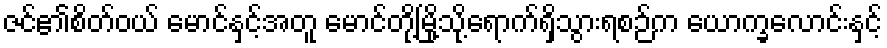
ဇင်၏စိတ်ဝယ် မောင်နှင့်အတူ မောင်တို့မြို့သို့ရောက်ရှိသွားရစဉ်က ယောက္ခလောင်းနှင့်